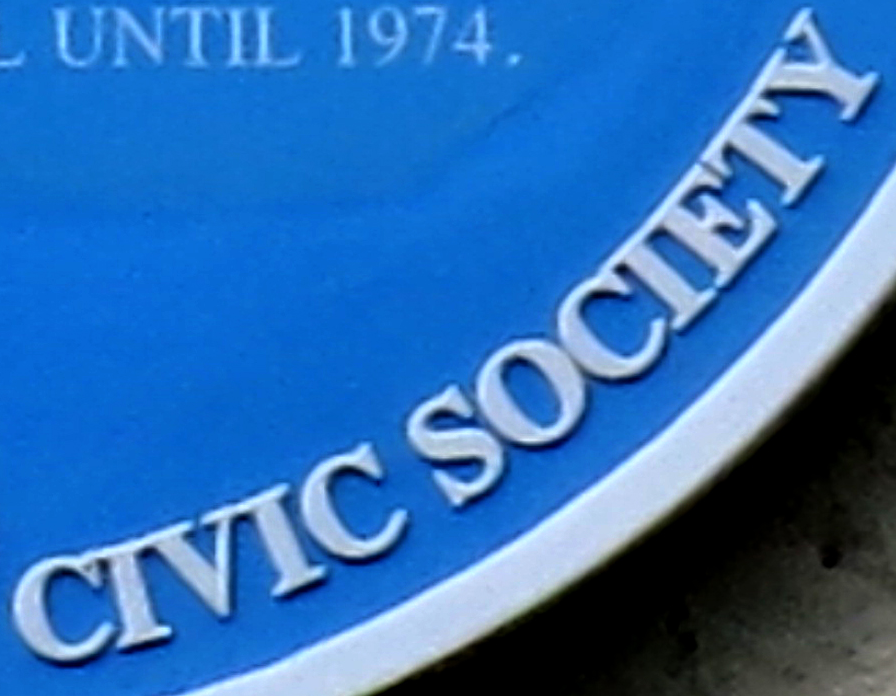
CIVIC SOCIETY